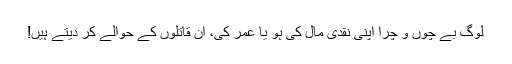
لوگ بے چوں و چرا اپنی نقدی مال کی ہو یا عمر کی، ان قاتلوں کے حوالے کر دیتے ہیں!